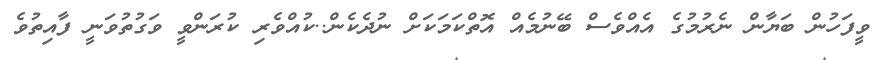
ވީފަހުން ބަޔާން ނެރުމުގެ އެއްވެސް ބޭނުމެއް އޮތްކަމަކަށް ނުދެކެން..ކުއްވެރި ކުރަންވީ ވަގުތުވަނީ ފާއިތުވެ